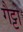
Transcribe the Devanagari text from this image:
गैट्टो